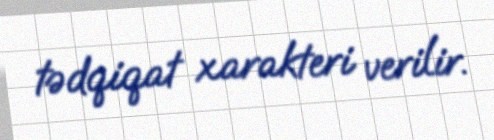
tədqiqat xarakteri verilir.